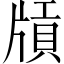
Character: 𤗤